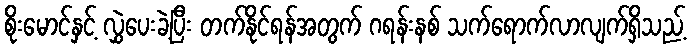
စိုးမောင်နှင့် လွှဲပေးခဲ့ပြီး တက်နိုင်ရန်အတွက် ဂရန်းနစ် သက်ရောက်လာလျက်ရှိသည့်